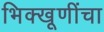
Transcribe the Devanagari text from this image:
भिक्खूणींचा